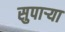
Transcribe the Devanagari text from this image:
सुपार्‍या